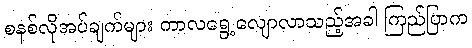
စနစ်လိုအပ်ချက်များ ကာလရွေ့လျောလာသည့်အခါ ကြည်ပြာက